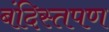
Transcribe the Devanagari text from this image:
बंदिस्तपण